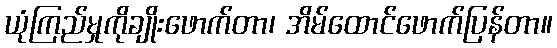
ယုံကြည်မှုကိုချိုးဖောက်တာ၊ အိမ်ထောင်ဖောက်ပြန်တာ။